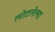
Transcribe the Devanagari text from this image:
लोटलेल्या